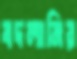
বদলানির